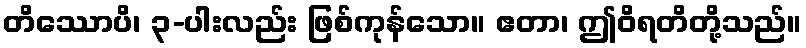
တိဿောပိ၊ ၃-ပါးလည်း ဖြစ်ကုန်သော။ ဧတာ၊ ဤဝိရတိတို့သည်။